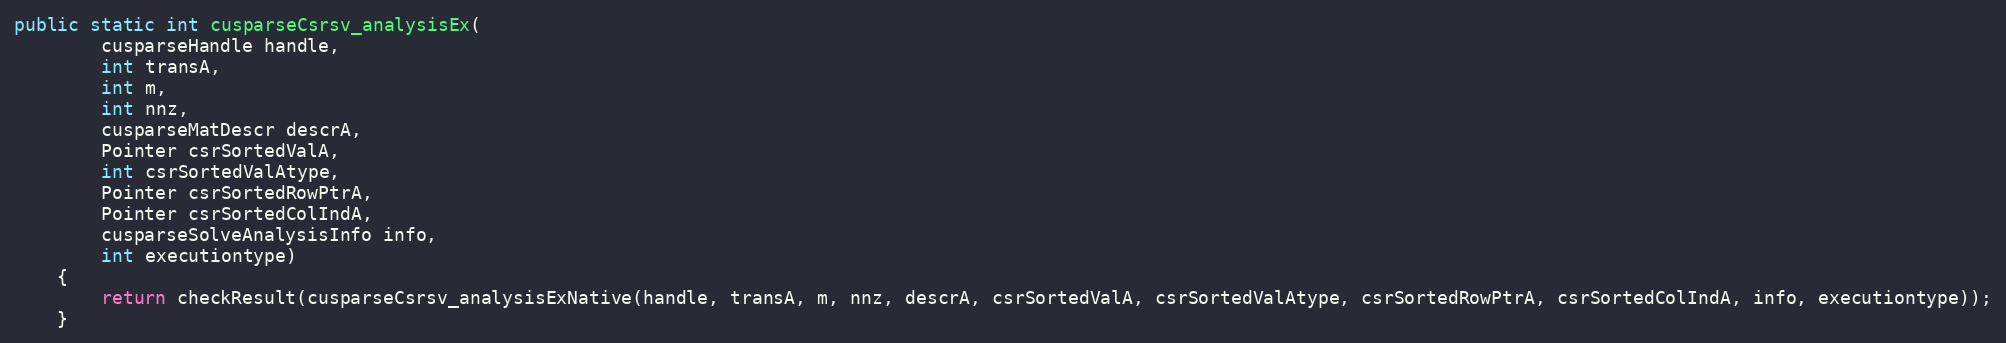
Language: Java
public static int cusparseCsrsv_analysisEx(
        cusparseHandle handle,
        int transA,
        int m,
        int nnz,
        cusparseMatDescr descrA,
        Pointer csrSortedValA,
        int csrSortedValAtype,
        Pointer csrSortedRowPtrA,
        Pointer csrSortedColIndA,
        cusparseSolveAnalysisInfo info,
        int executiontype)
    {
        return checkResult(cusparseCsrsv_analysisExNative(handle, transA, m, nnz, descrA, csrSortedValA, csrSortedValAtype, csrSortedRowPtrA, csrSortedColIndA, info, executiontype));
    }